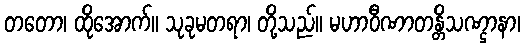
တတော၊ ထိုအောက်။ သုခုမတရာ၊ တို့သည်။ မဟာဝီဏာတန္တိသဏ္ဌာနာ၊